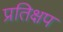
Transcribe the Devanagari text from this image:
प्रतिक्षप